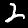
Digit: 2